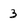
Character: 3